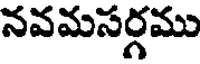
నవమసర్గము